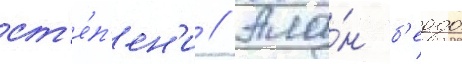
ст'е́п'ен'и // Ала́н б'еддо